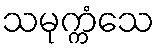
သမုက္ကံသေ